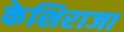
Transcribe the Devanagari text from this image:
केशिराजा